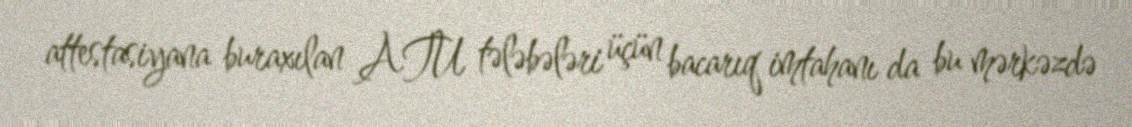
attestasiyana buraxılan ATU tələbələri üçün bacarıq imtahanı da bu mərkəzdə